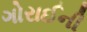
ગોરાઈની